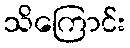
သိကြောင်း